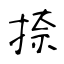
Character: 捺